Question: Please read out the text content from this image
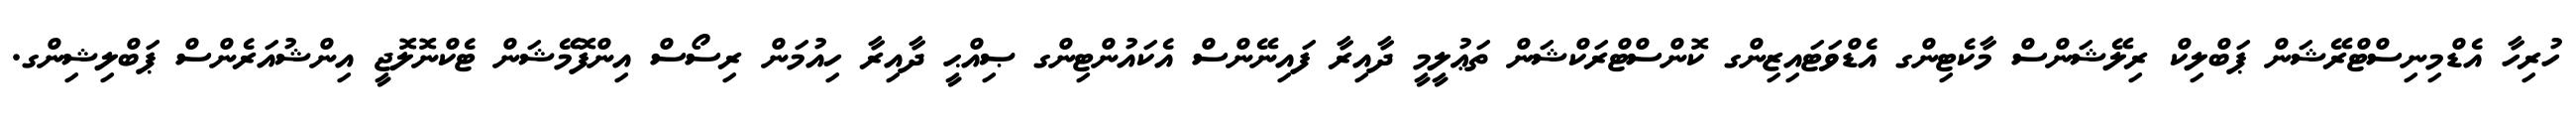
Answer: ހުރިހާ އެޑްމިނިސްޓްރޭޝަން ޕަބްލިކް ރިލޭޝަންސް މާކެޓިންގ އެޑްވަޓައިޒިންގ ކޮންސްޓްރަކްޝަން ތަޢުލީމީ ދާއިރާ ފައިނޭންސް އެކައުންޓިންގ ޞިއްޙީ ދާއިރާ ހިއުމަން ރިސޯސް އިންފޮމޭޝަން ޓެކްނޮލޮޖީ އިންޝުއަރެންސް ޕަބްލިޝިންގ.